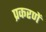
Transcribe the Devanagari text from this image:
प्रकरणें